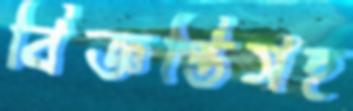
বিজ্ঞপ্তিসহ